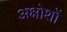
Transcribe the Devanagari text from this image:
अक्षोशों